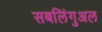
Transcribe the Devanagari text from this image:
सबलिंगुअल